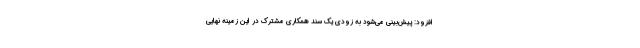
افزود: پیش‌بینی می‌شود به زودی یک سند همکاری مشترک در این زمینه نهایی